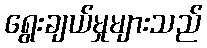
ရွေးချယ်မှုများသည်